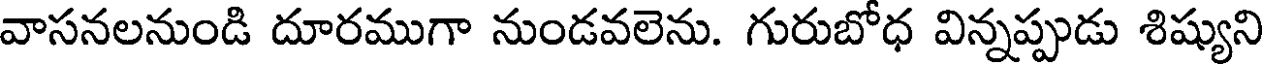
వాసనలనుండి దూరముగా నుండవలెను. గురుబోధ విన్నప్పుడు శిష్యుని